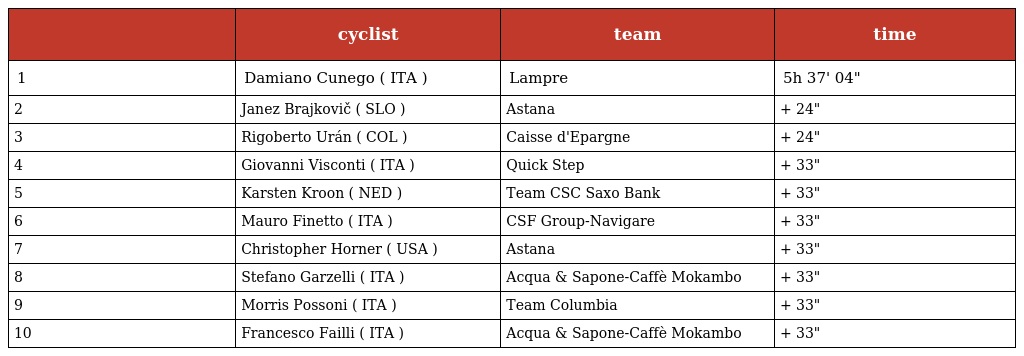
|  | cyclist | team | time |
 | --- | --- | --- | --- |
 | 1 | Damiano Cunego ( ITA ) | Lampre | 5h 37' 04" |
 | 2 | Janez Brajkovič ( SLO ) | Astana | + 24" |
 | 3 | Rigoberto Urán ( COL ) | Caisse d'Epargne | + 24" |
 | 4 | Giovanni Visconti ( ITA ) | Quick Step | + 33" |
 | 5 | Karsten Kroon ( NED ) | Team CSC Saxo Bank | + 33" |
 | 6 | Mauro Finetto ( ITA ) | CSF Group-Navigare | + 33" |
 | 7 | Christopher Horner ( USA ) | Astana | + 33" |
 | 8 | Stefano Garzelli ( ITA ) | Acqua & Sapone-Caffè Mokambo | + 33" |
 | 9 | Morris Possoni ( ITA ) | Team Columbia | + 33" |
 | 10 | Francesco Failli ( ITA ) | Acqua & Sapone-Caffè Mokambo | + 33" |